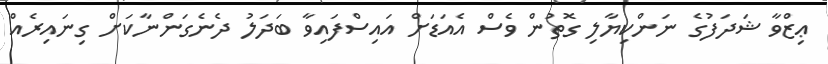
ޢިޒްވާ ޝަދަފުގެ ނަންކިޔާލި ގޮތުން ވެސް އެއަޑަށް އައިސްފައިވާ ބަދަލު ދެނެގަންނާކަށް ގިނައިރެއް